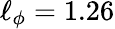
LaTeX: \ell_{\phi}=1.26